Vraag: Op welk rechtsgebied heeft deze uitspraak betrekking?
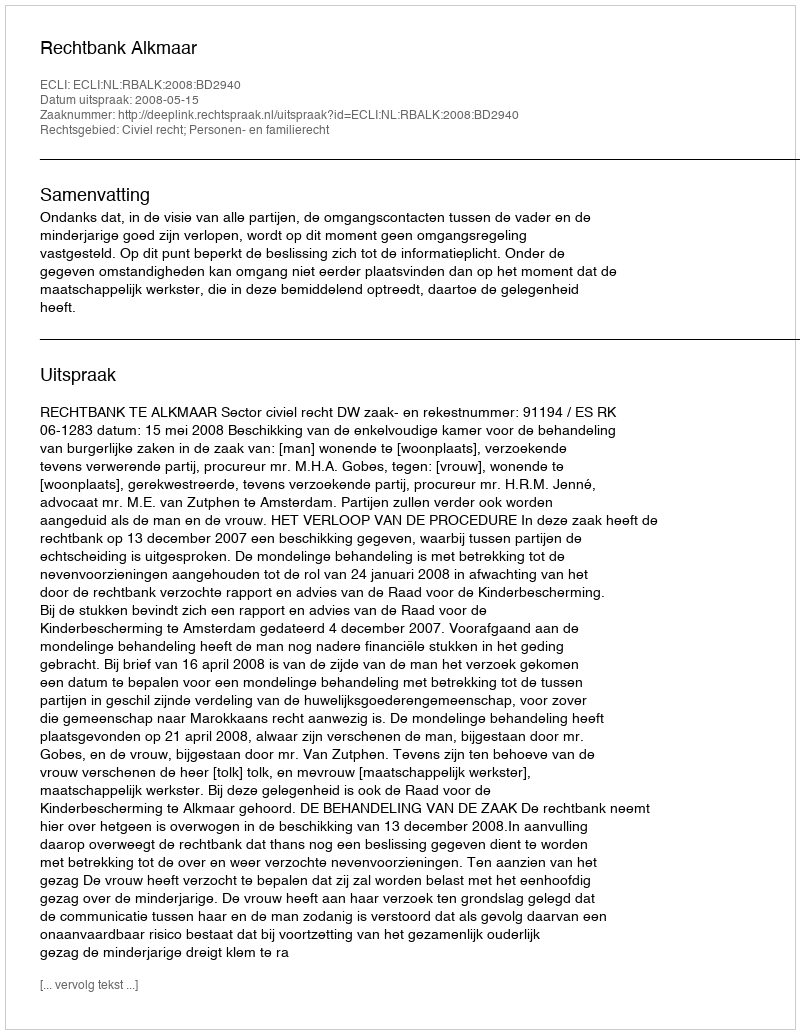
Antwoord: Civiel recht; Personen- en familierecht